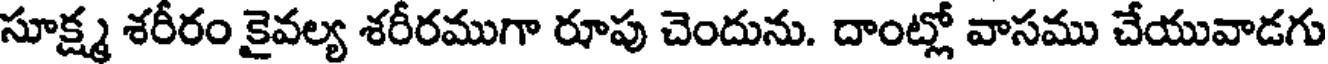
సూక్ష్మ శరీరం కైవల్య శరీరముగా రూపు చెందును. దాంట్లో వాసము చేయువాడగు